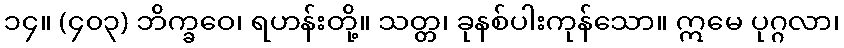
၁၄။ (၄၀၃) ဘိက္ခဝေ၊ ရဟန်းတို့။ သတ္တ၊ ခုနစ်ပါးကုန်သော။ ဣမေ ပုဂ္ဂလာ၊